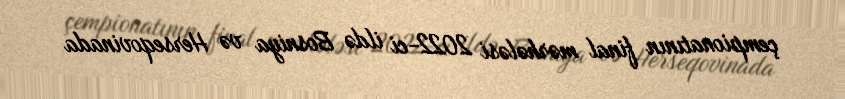
çempionatının final mərhələsi 2022-ci ildə Bosniya və Herseqovinada